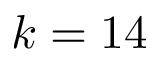
k = 1 4